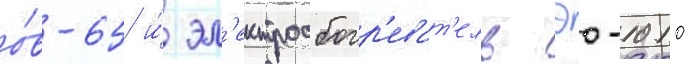
о́в-65 и́ эл'ектрообогр'еват'ель эо-1010